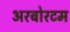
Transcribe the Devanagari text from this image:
अरबोरटम